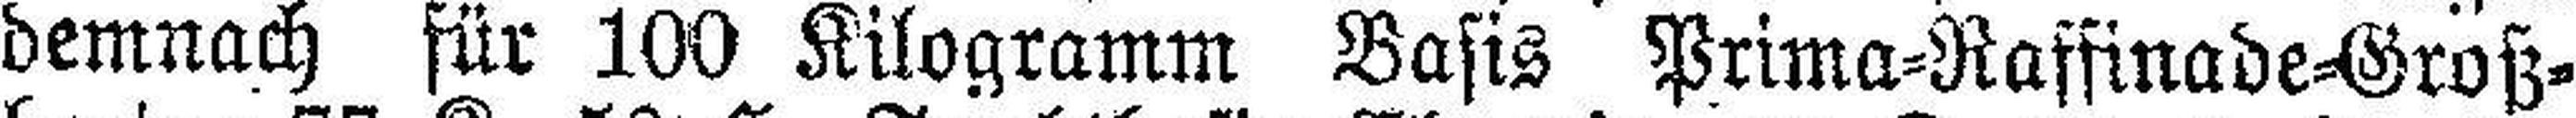
demnach für 100 Kilogramm Basis Prima=Raffinade=Groß¬